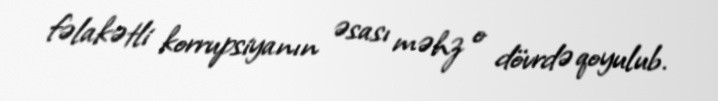
fəlakətli korrupsiyanın əsası məhz o dövrdə qoyulub.